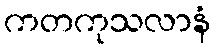
ကတကုသလာနံ